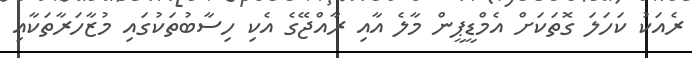
ރެއަކު ކަހަލަ ގޮތަކަށް އެމްޑީޕީން މާލެ އާއި ރާއްޖޭގެ އެކި ހިސާބުތަކުގައި މުޒާހަރާތަކާއި